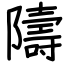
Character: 隯